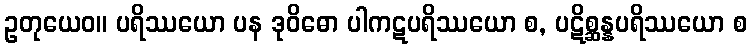
ဥတုယေဝ။ ပရိဿယော ပန ဒုဝိဓော ပါကဋပရိဿယော စ, ပဋိစ္ဆန္နပရိဿယော စ